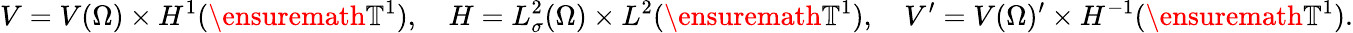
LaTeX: V=V(\Omega)\times H^{1}(\ensuremath{\mathbb{T}}^{1}),\quad H=L_{\sigma}^{2}(\Omega)\times L^{2}(\ensuremath{\mathbb{T}}^{1}),\quad V^{\prime}=V(\Omega)^{\prime}\times H^{-1}(\ensuremath{\mathbb{T}}^{1}).